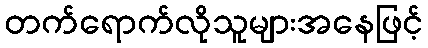
တက်ရောက်လိုသူများအနေဖြင့်